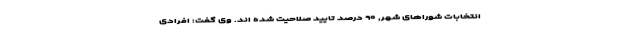
انتخابات شورا‌های شهر, ۹۰ درصد تایید صلاحیت شده اند. وی گفت: افرادی